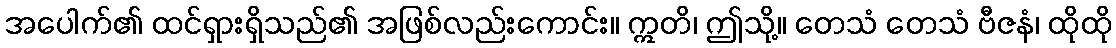
အပေါက်၏ ထင်ရှားရှိသည်၏ အဖြစ်လည်းကောင်း။ ဣတိ၊ ဤသို့။ တေသံ တေသံ ဗီဇနံ၊ ထိုထို